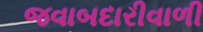
જવાબદારીવાળી